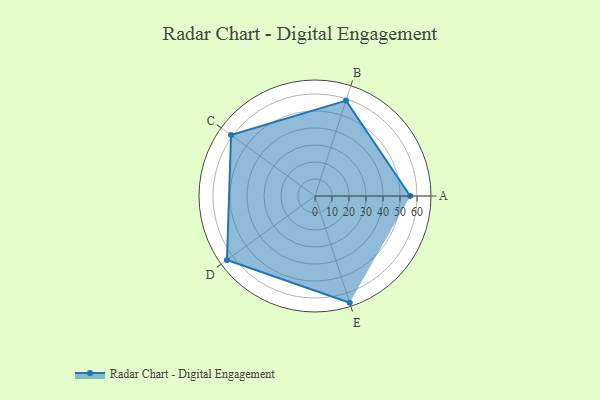
{"axis": {"x": "Skill", "y": "Score"}, "legend": ["Profile"], "data": [{"x": "A", "y": 56.0, "type": "Profile"}, {"x": "B", "y": 59.0, "type": "Profile"}, {"x": "C", "y": 61.0, "type": "Profile"}, {"x": "D", "y": 64.0, "type": "Profile"}, {"x": "E", "y": 66.0, "type": "Profile"}]}